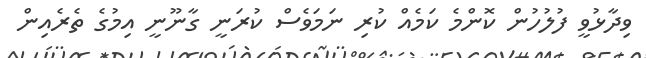
ވިދާޅުވީ ފުލުހުން ކޮންމެ ކަމެއް ކުރި ނަމަވެސް ކުރަނީ ގާނޫނީ އިމުގެ ތެރެއިން